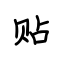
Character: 贴